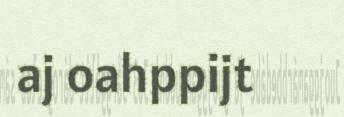
aj oahppijt